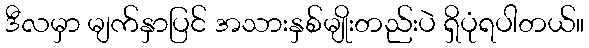
ဒီလမှာ မျက်နှာပြင် အသားနှစ်မျိုးတည်းပဲ ရှိပုံရပါတယ်။